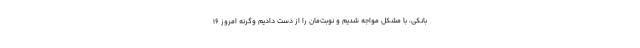
بانکی، با مشکل مواجه شدیم و نوبت‌مان را از دست دادیم وگرنه امروز ۱۶